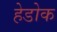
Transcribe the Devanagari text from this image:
हेडोक